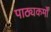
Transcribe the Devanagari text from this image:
पाठ्यकर्मों